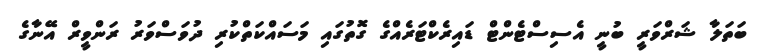
ބަތަލާ ޝަރްވަރީ ބުނީ އެސިސްޓެންޓް ޑައިރެކްޓަރެއްގެ ގޮތުގައި މަސައްކަތްކުރި ދުވަސްވަރު ރަންވީރް އޭނާގެ